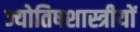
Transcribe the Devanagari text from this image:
ज्योतिषशास्त्रीयों